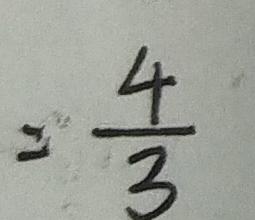
= \frac { 4 } { 3 }